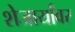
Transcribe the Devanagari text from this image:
शेजार्यांवर